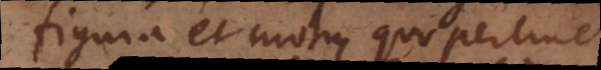
figura et motu, quo pertinet